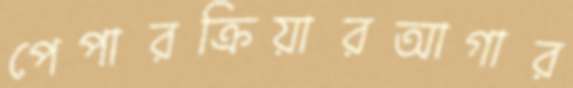
পেপারক্রিয়ারআগার